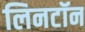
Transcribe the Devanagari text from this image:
लिनटॉन